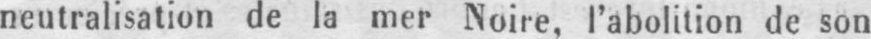
neutralisation de la mer Noire, l’abolition de son